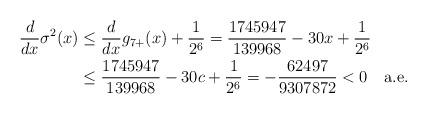
LaTeX: \begin{align*}\frac{d}{dx}\sigma^2(x)& \le\frac{d}{dx}g_{7+}(x)+ \frac1{2^6}=\frac{1745947}{139968}-30x+ \frac1{2^6}\\&\le\frac{1745947}{139968}-30c+ \frac1{2^6}=-\frac{62497}{9307872}< 0\quad\hbox{a.e.}\end{align*}